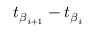
t _ { \beta _ { i + 1 } } - t _ { \beta _ { i } }